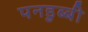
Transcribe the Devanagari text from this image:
पनडुब्‍बी